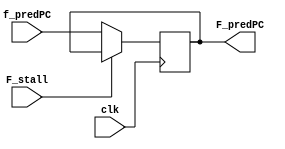
`timescale 1ns / 1ps

module F_pipe (
    input clk,
    input [63:0] f_predPC,
    input F_stall,

    output reg [63:0] F_predPC
);

always @ (posedge clk)
begin
    if (F_stall == 0)
    begin
        F_predPC <= f_predPC;
    end
end

endmodule